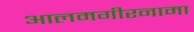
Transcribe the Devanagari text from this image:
आलमगीरनामा